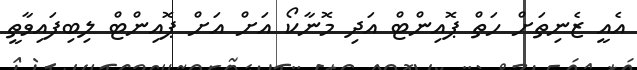
އެއީ ޒެނިތަށް ހަތް ޕޮއިންޓް އަދި މޮނާކޯ އަށް އަށް ޕޮއިންޓް ލިބިފައިވާތީ